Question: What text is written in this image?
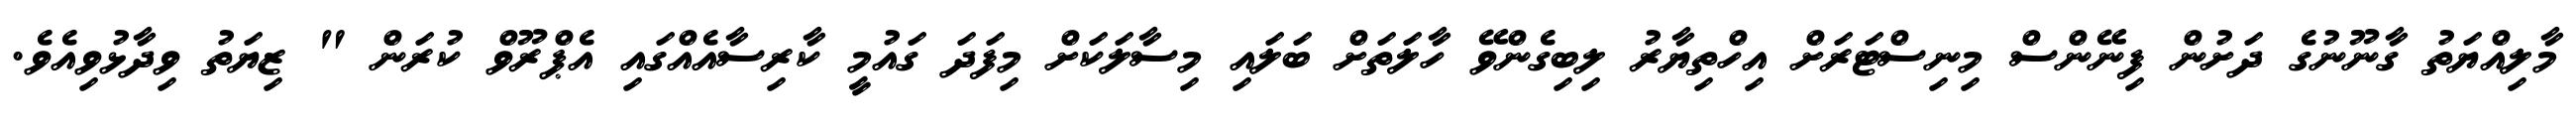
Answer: މާލިއްޔަތު ގާނޫނުގެ ދަށުން ފިނޭންސް މިނިސްޓަރަށް އިހްތިޔާރު ލިބިގެންވޭ ހާލަތަށް ބަލައި މިސާލަކަށް މިފަދަ ގައުމީ ކާރިސާއެއްގައި އެޕްރޫވް ކުރަން " ޒިޔަތު ވިދާޅުވިއެވެ.